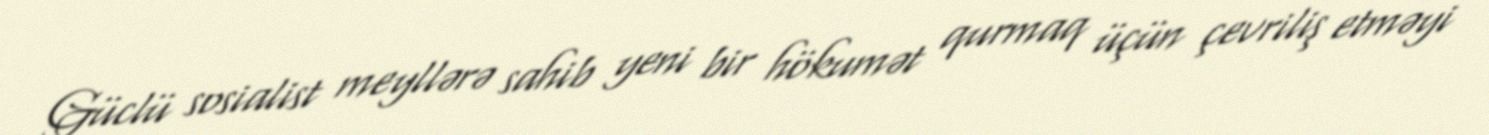
Güclü sosialist meyllərə sahib yeni bir hökumət qurmaq üçün çevriliş etməyi